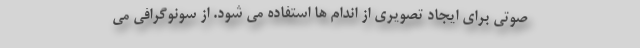
صوتی برای ایجاد تصویری از اندام ها استفاده می شود. از سونوگرافی می